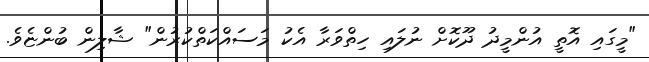
"މީގައި އޮތީ އުންމީދު ދޫކޮށް ނުލައި ހިތްވަރާ އެކު މަސައްކަތްކުރުން" ޝާލިން ބުންޏެވެ.